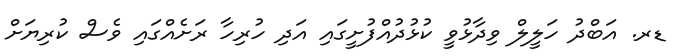
ޑރ. އަބްދު ހަލީލް ވިދާޅުވީ ކުޅުދުއްފުށީގައި އަދި ހުރިހާ ރަށެއްގައި ވެސް ކުރިޔަށް